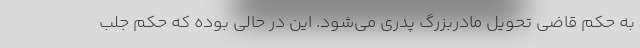
به‌ حکم قاضی تحویل مادربزرگ پدری می‌شود. این در حالی بوده که حکم جلب